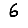
Digit: 6